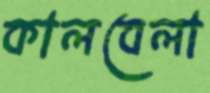
কালবেলা